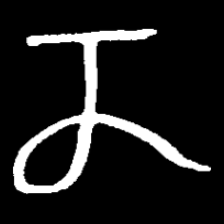
Pyu character \u2014 Myanmar letter: ဏ (romanized: nna)